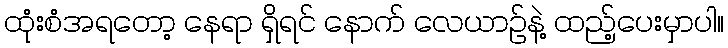
ထုံးစံအရတော့ နေရာ ရှိရင် နောက် လေယာဉ်နဲ့ ထည့်ပေးမှာပါ။